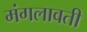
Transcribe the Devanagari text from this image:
मंगलावती